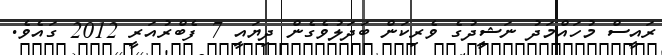
ރައީސް މުހައްމަދު ނަޝީދުގެ ވެރިކަން ބަދަލުވެގެން ދިޔައީ 7 ފެބްރުއަރީ 2012 ގައެވެ.